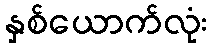
နှစ်ယောက်လုံး